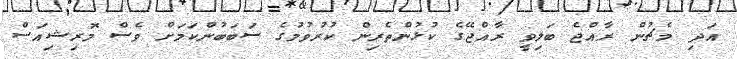
އަދި މެޗުން ރާއްޖެ ބަލިވީ ރާއްޖޭގެ ކުޅުންތެރިން ކުރުވުމުގެ ސަބަބުންކަމަށް ވެސް މޮރިޝިއަސް